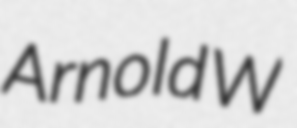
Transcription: Arnold W